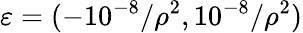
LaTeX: \varepsilon=(-10^{-8}/\rho^{2},10^{-8}/\rho^{2})